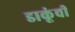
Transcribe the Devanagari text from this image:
डाकूंची